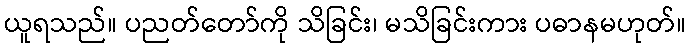
ယူရသည်။ ပညတ်တော်ကို သိခြင်း၊ မသိခြင်းကား ပဓာနမဟုတ်။